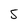
Character: 5